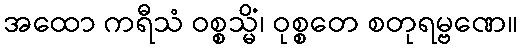
အထော ကရီသံ ဝစ္စသ္မိံ၊ ဝုစ္စတေ စတုရမ္ဗဏေ။